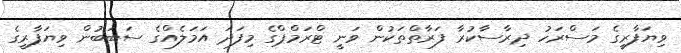
ވިޔަފާރީގެ މަސްރަހު ދިރާސާކުރާ ފަރާތްތަކުން ވަނީ ޓްރަމްޕްގެ މިފަދަ އަމަލެއްގެ ސަބަބުން ވިޔަފާރީގެ